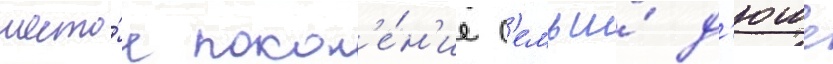
шесто́е покол'е́н'ие с'емьи́ д'юше